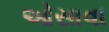
ઓસાવા